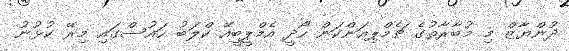
ދުންޔާޒް މި މުބާރާތުގެ ޗެމްޕިއަންކަން ހޯދީ އެމްޕީބީއޭ ކްލަބު ހައުސްގައި މިރޭ ކުޅުނު